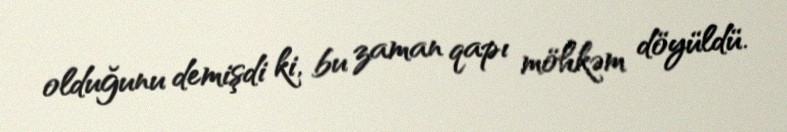
olduğunu demişdi ki, bu zaman qapı möhkəm döyüldü.